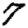
Digit: 7